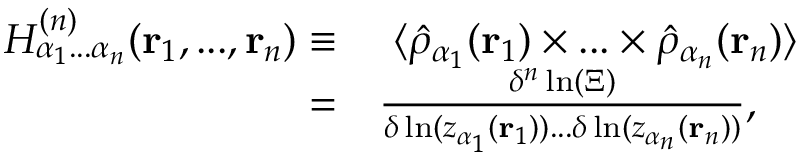
\begin{array} { r l } { H _ { \alpha _ { 1 } . . . \alpha _ { n } } ^ { ( n ) } ( \mathbf { r } _ { 1 } , . . . , \mathbf { r } _ { n } ) \equiv } & { { } \ \langle \hat { \rho } _ { \alpha _ { 1 } } ( \mathbf { r } _ { 1 } ) \times . . . \times \hat { \rho } _ { \alpha _ { n } } ( \mathbf { r } _ { n } ) \rangle } \\ { = } & { { } \frac { \delta ^ { n } \ln ( \Xi ) } { \delta \ln ( z _ { \alpha _ { 1 } } ( \mathbf { r } _ { 1 } ) ) . . . \delta \ln ( z _ { \alpha _ { n } } ( \mathbf { r } _ { n } ) ) } , } \end{array}